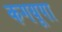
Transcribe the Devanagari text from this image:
कगयूपा